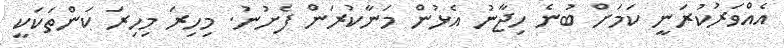
އެއްވަރުކުރަނީ ކަމަށް ބުނެ ހިޖާނު އެޅުން މަނާކުރަން ފެށުނު. މިހިރަ މިހިރަ ކަންތަކަކީ